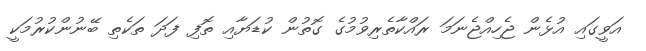
އަވީގައި އުޅެން ޖެހިއްޖެނަމަ ރައްކާތެރިވުމުގެ ގޮތުން ކުޑަޔާއި ތޮފި ފަދަ ތަކެތި ބޭނުންކުރުމަކީ